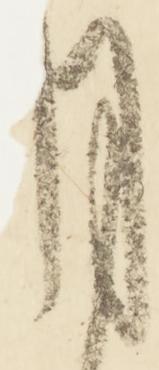
月